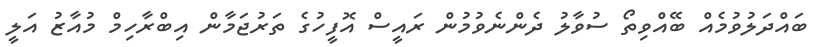
ބައްދަލުވުމެއް ބޭއްވިތޯ ސުވާލު ދެންނެވުމުން ރައީސް އޮފީހުގެ ތަރުޖަމާން އިބްރާހިމް މުއާޒު އަލީ